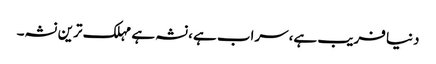
دنیا فریب ہے،سراب ہے،نشہ ہے مہلک ترین نشہ۔